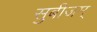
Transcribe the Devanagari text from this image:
सुबीजम्